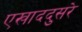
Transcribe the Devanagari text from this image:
एखाददुसरे